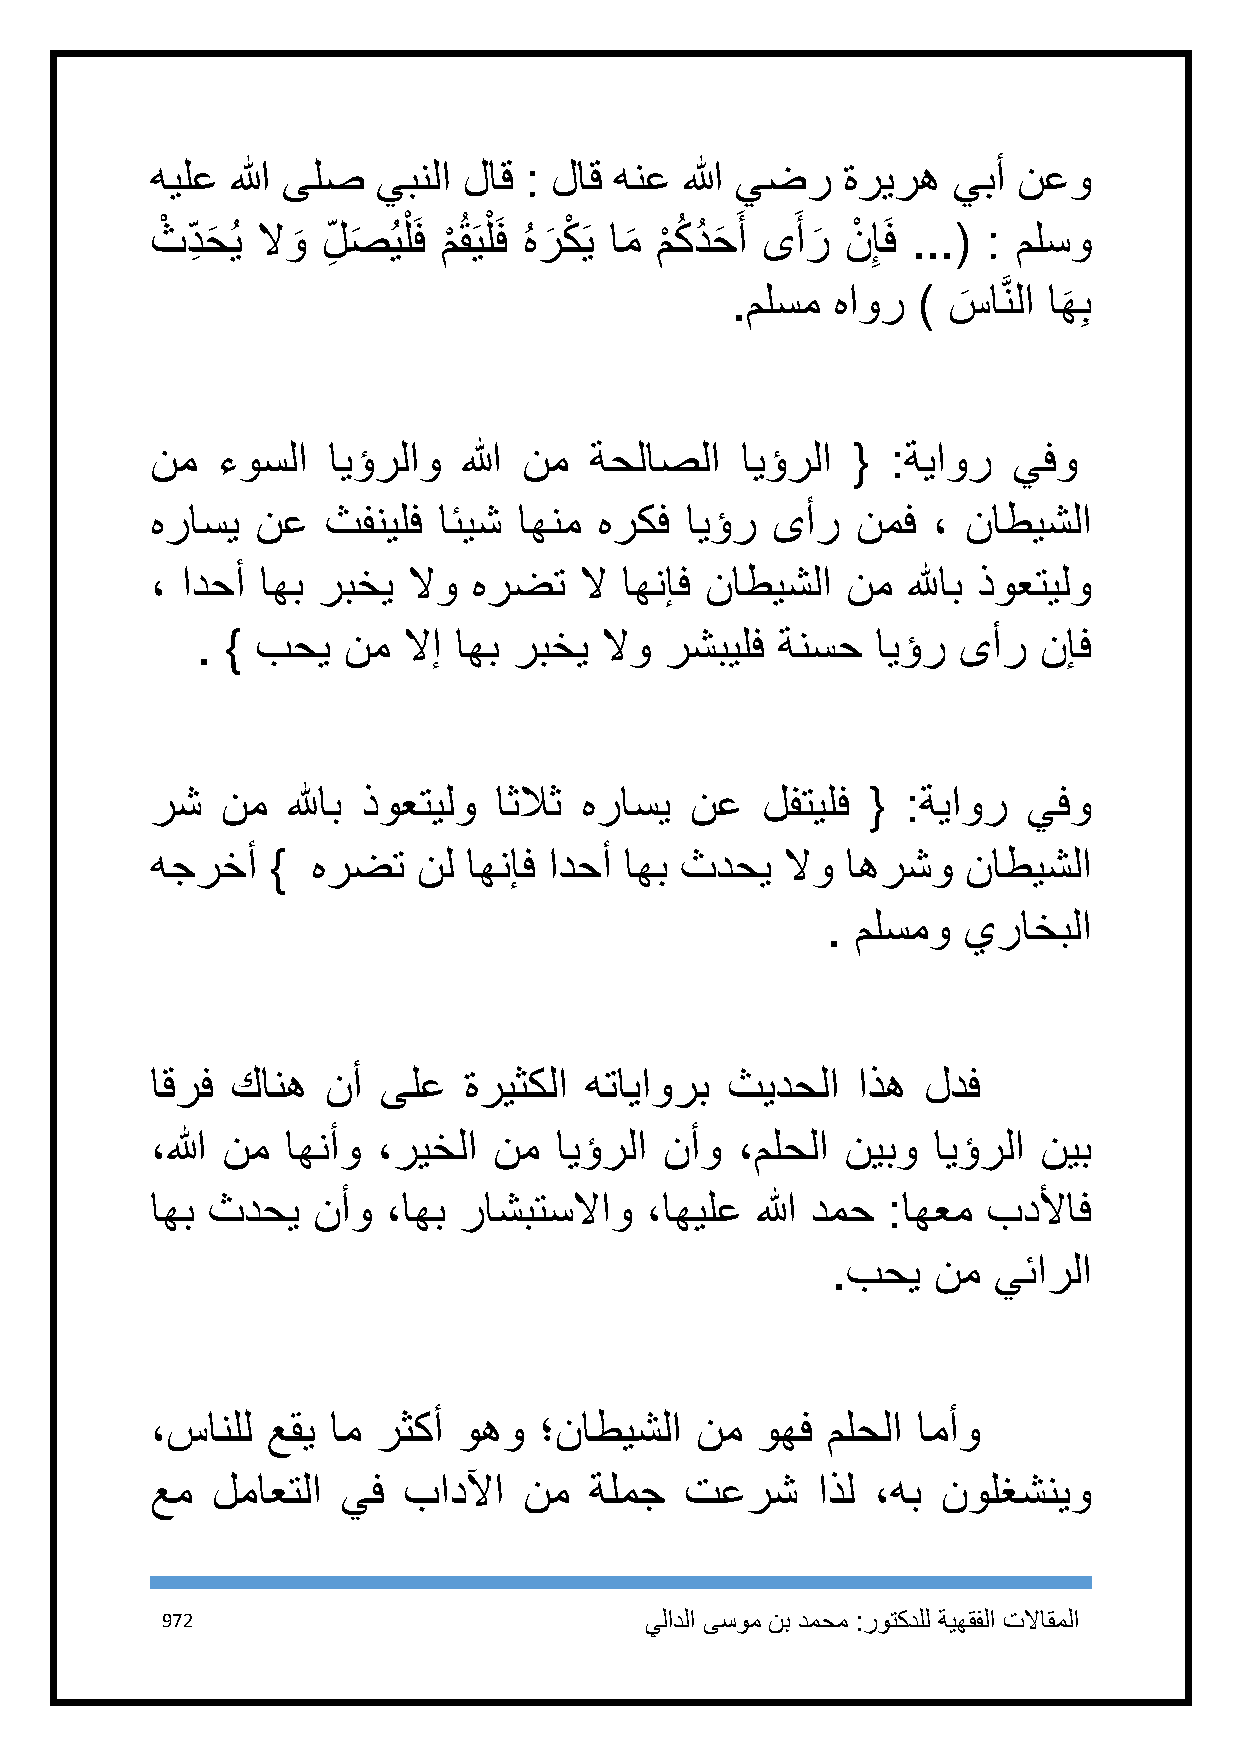
هيلع الله ىلص  يبنلا لاق : لاق هنع الله يضر   ةريره  يبأ نعو
 ثْ د ِ حَ ُي لاو َ ل ِ ص َ ُيلْ َف م ْ ُقَيلْ َف ُ هر َ كْ َي ام َ م ْ كُ دُ حَ َ أ ىَ أر َ نْ ِإَف ...( : ملسو
 .ملسم  هاور  ) س
 َ
 اَّنلا اه
 َ
 ِب
 نم  ءوسلا   ايؤرلاو  الله نم ةحلاصلا   ايؤرلا {  :ةياور  يفو
 هراسي  نع   ثفنيلف ائيش اهنم  هركف ايؤر  ىأر   نمف  ، ناطيشلا
 ، ادحأ اهب ربخي  لاو هرضت   لا اهنإف ناطيشلا  نم  للهاب ذوعتيلو
 . } بحي   نم  لاإ اهب ربخي لاو رشبيلف ةنسح   ايؤر ىأر   نإف
 رش   نم  للهاب ذوعتيلو اثلاث هراسي  نع  لفتيلف  { :ةياور  يفو
 هجرخأ   }  هرضت   نل اهنإف ادحأ اهب ثدحي  لاو اهرشو   ناطيشلا
 . ملسمو  يراخبلا
 اقرف كانه   نأ ىلع   ةريثكلا هتاياورب ثيدحلا   اذه لدف
 ،الله نم اهنأو ،ريخلا  نم  ايؤرلا نأو  ،ملحلا نيبو  ايؤرلا نيب
 اهب ثدحي   نأو  ،اهب راشبتسلااو  ،اهيلع الله دمح :اهعم بدلأاف
 .بحي   نم  يئارلا
 ،سانلل  عقي ام رثكأ وهو   ؛ناطيشلا  نم  وهف  ملحلا امأو
 عم  لماعتلا  يف  بادلآا  نم  ةلمج  تعرش     اذل ،هب نولغشنيو
 972                             يلادلا ىسوم نب دمحم :روتكدلل ةيهقفلا تلااقملا